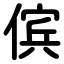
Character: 傧